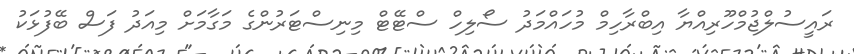
ރައީސުލްޖުމްހޫރިއްޔާ އިބްރާހިމް މުހައްމަދު ސޯލިހް ސްޓޭޓް މިނިސްޓަރުންގެ މަގާމަށް މިއަދު ފަސް ބޭފުޅަކު